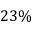
2 3 \%